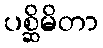
ပစ္ဆိမိတာ